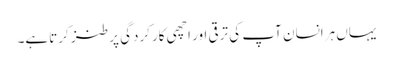
یہاں ہرانسان آپ کی ترقی اور اچھی کارکردگی پر طنز کرتاہے۔